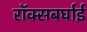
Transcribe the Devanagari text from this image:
रॉक्सबर्घाई